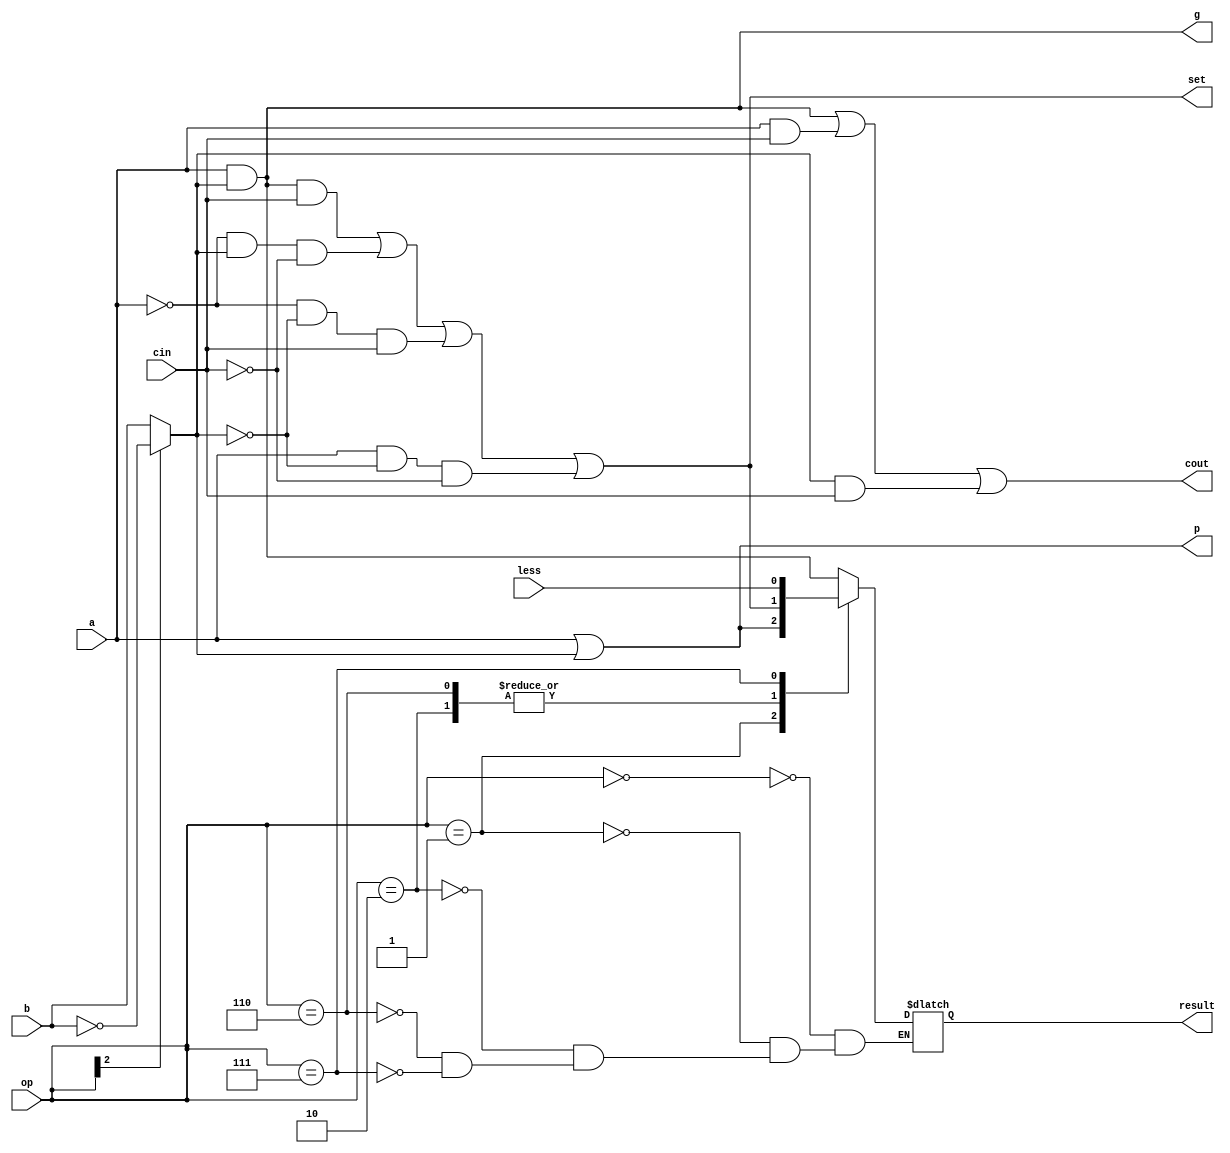
module OneBitALU(a, b, cin, less, op, result, cout, g, p, set);
input a, b, cin; // Inputs to the one-bit ALU, "cin" is the carry-in bit.
input [2:0] op;  // 3-bit operation code. op[2] is the "binv". op[0] is the
					  // least significant bit.
input less;      // This input will be set as 0 for all ALUs but the one
					  //corresponding to the most-significant bit.
output result;   // The result of the ALU (depends on the operation that is
					  // chosen)
output cout; 	  // Carry out bit of the adder
output g, p; 	  // Generate and propagate signals that are to be used by the
					  // CLA unit.
output set; 	  // This is the "sum" output of the full-adder.

reg result;
reg p, g;
reg cout;
reg bcomp;
reg set;
reg sum;

always @ (a or b or op or cin or less)
	begin
		if (op[2] ==1)
			begin
				 bcomp = ~b;
			end
		else if (op[2]==0)
			begin
				 bcomp = b;
			end
		 sum = (( a & bcomp) & cin) | (( ~a & bcomp) & ~cin) | (( ~a & ~bcomp) & cin) | ((a &~bcomp) & ~cin);
		 cout = ((a & bcomp)| (a&cin) | (bcomp & cin));
		 g = a & bcomp;
		 p = a | bcomp;
		 set = sum;
		case (op)
			3'b 000:  result = a & bcomp;
			3'b 001:  result = a | bcomp;
			3'b 010:  result = sum;
			3'b 110:  result = sum;
			3'b 111:  result = less;
		endcase
	end


endmodule